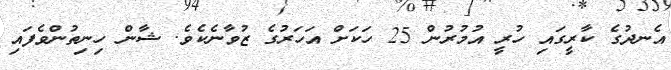
އެނދުގެ ކާރީގައި ހުރީ އުމުރުން 25 ހަކަށް އަހަރުގެ ޒުވާނެކެވެ. ޝާން ހިނިތުންވެފައި